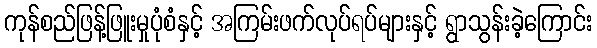
ကုန်စည်ဖြန့်ဖြူးမှုပုံစံနှင့် အကြမ်းဖက်လုပ်ရပ်များနှင့် ရွာသွန်းခဲ့ကြောင်း